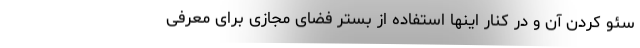
سئو کردن آن و در کنار اینها استفاده از بستر فضای مجازی برای معرفی